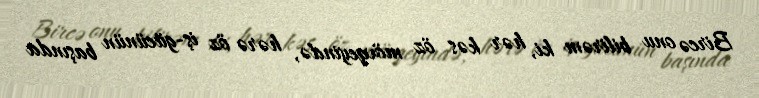
Bircə onu bilirəm ki, hər kəs öz mövqeyində, hərə öz iş-gücünün başında